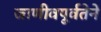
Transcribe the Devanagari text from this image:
जाणीवपूर्वतेने